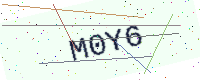
Text: M0Y6